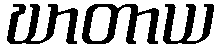
ဃာတာယ